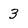
Character: 3